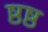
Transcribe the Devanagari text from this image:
ष्ठष्ठ